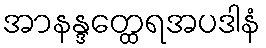
အာနန္ဒတ္ထေရအပဒါနံ